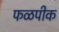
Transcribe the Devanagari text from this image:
फळपीक